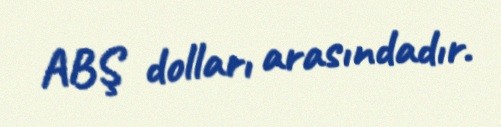
ABŞ dolları arasındadır.